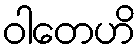
ဝါတေဟိ